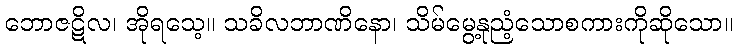
ဘောဇဋိလ၊ အိုရသေ့။ သခိလဘာဏိနော၊ သိမ်မွေ့နုညံ့သောစကားကိုဆိုသော။